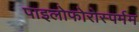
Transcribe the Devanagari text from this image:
पाइलोफोरोस्पर्मम